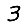
Digit: 3